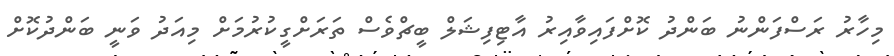
މިހާރު ރަސްފަންނު ބަންދު ކޮށްފައިވާއިރު އާޓިފިޝަލް ބީޗްވެސް ތަރަށްގީކުރުމަށް މިއަދު ވަނީ ބަންދުކޮށް